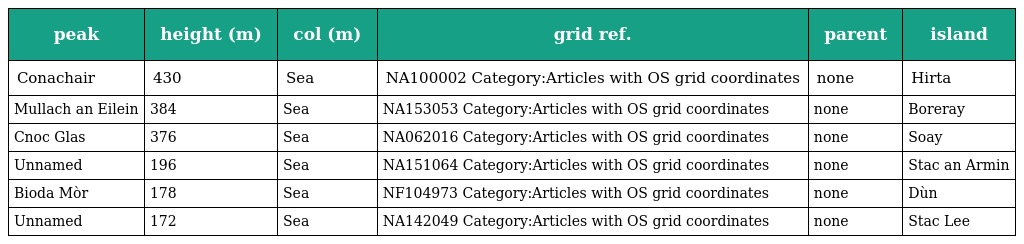
| peak | height (m) | col (m) | grid ref. | parent | island |
 | --- | --- | --- | --- | --- | --- |
 | Conachair | 430 | Sea | NA100002 Category:Articles with OS grid coordinates | none | Hirta |
 | Mullach an Eilein | 384 | Sea | NA153053 Category:Articles with OS grid coordinates | none | Boreray |
 | Cnoc Glas | 376 | Sea | NA062016 Category:Articles with OS grid coordinates | none | Soay |
 | Unnamed | 196 | Sea | NA151064 Category:Articles with OS grid coordinates | none | Stac an Armin |
 | Bioda Mòr | 178 | Sea | NF104973 Category:Articles with OS grid coordinates | none | Dùn |
 | Unnamed | 172 | Sea | NA142049 Category:Articles with OS grid coordinates | none | Stac Lee |